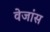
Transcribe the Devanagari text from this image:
वेजांस